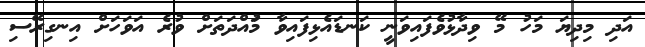
އަދި މިދިޔަ މަހު މޭ ވިދާޅުވެފައިވަނީ ކަނޑައެޅިފައިވާ މުައްދަތަށް ވުރެ އަވަހަށް އިނގިރޭސި